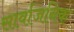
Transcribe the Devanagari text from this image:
सार्वाजनिक